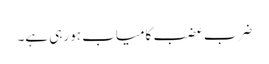
ضرب عضب کامیاب ہو رہی ہے۔